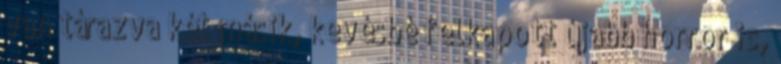
van tárazva két másik, kevésbé felkapott újabb horror is,